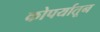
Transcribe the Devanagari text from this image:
कोपर्यातून